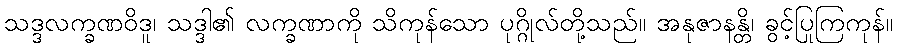
သဒ္ဒလက္ခဏဝိဒူ၊ သဒ္ဒါ၏ လက္ခဏာကို သိကုန်သော ပုဂ္ဂိုလ်တို့သည်။ အနုဇာနန္တိ၊ ခွင့်ပြုကြကုန်။